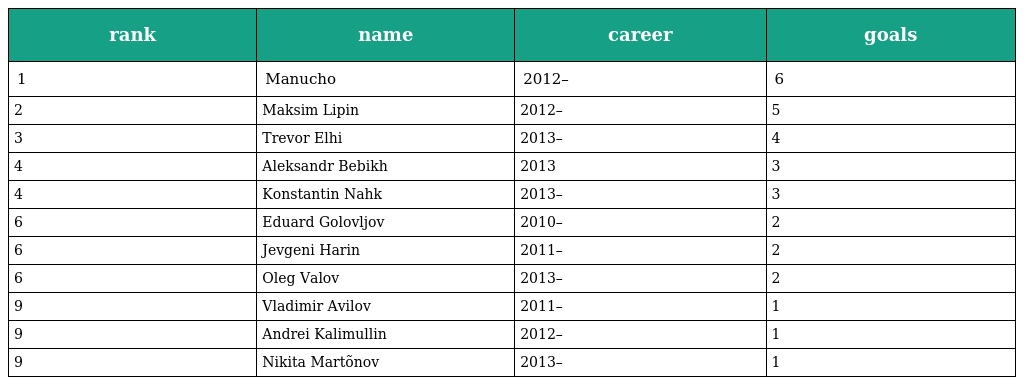
| rank | name | career | goals |
 | --- | --- | --- | --- |
 | 1 | Manucho | 2012– | 6 |
 | 2 | Maksim Lipin | 2012– | 5 |
 | 3 | Trevor Elhi | 2013– | 4 |
 | 4 | Aleksandr Bebikh | 2013 | 3 |
 | 4 | Konstantin Nahk | 2013– | 3 |
 | 6 | Eduard Golovljov | 2010– | 2 |
 | 6 | Jevgeni Harin | 2011– | 2 |
 | 6 | Oleg Valov | 2013– | 2 |
 | 9 | Vladimir Avilov | 2011– | 1 |
 | 9 | Andrei Kalimullin | 2012– | 1 |
 | 9 | Nikita Martõnov | 2013– | 1 |